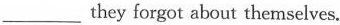
___ they forgot about themselves.